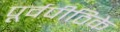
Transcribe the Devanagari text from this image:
पूर्वपीठिके